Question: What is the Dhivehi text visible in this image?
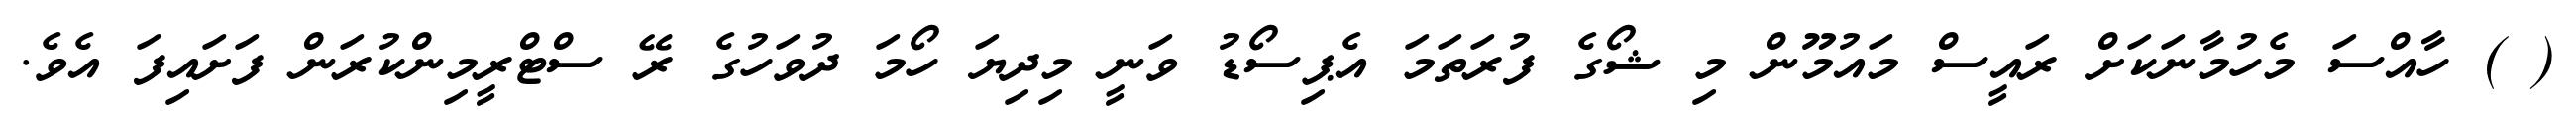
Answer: ( ) ހާއްސަ މެހުމާނަކަށް ރައީސް މައުމޫން މި ޝޯގެ ފުރަތަމަ އެޕިސޯޑު ވަނީ މިދިޔަ ހޯމަ ދުވަހުގެ ރޭ ސްޓްރީމިންކުރަން ފަށައިފަ އެވެ.